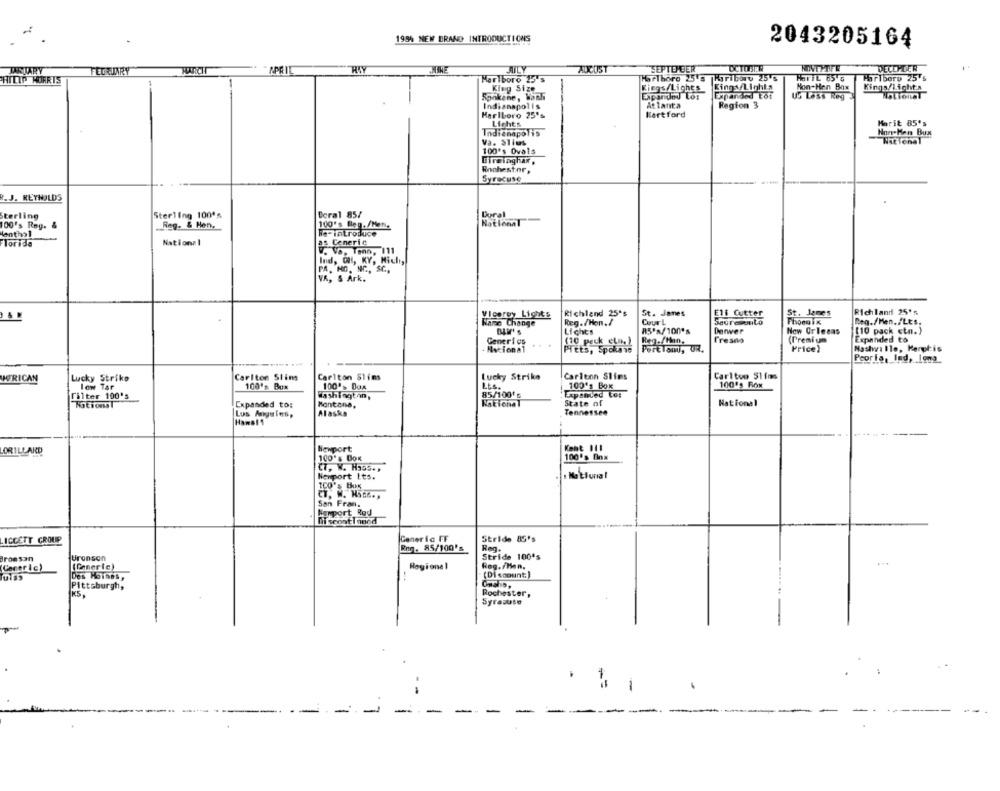
1994 NEW BRAND INTRODUCTIONS
2043205164
JANUARY
TEORIARY
APRIL
HAY
JULY
AUCUST
SEPTEHER
DCTOBIR
HONTPTFE
DECLMER
PHILIP MORRIS
Marlboro 15's
HarThoro 25's
Haribory 25's
HOTTE 85 G
Hirlbero 25's
King Size
Riegs/Lights
Kings/Lighta
Hon-Hen Box
Kings/Lichts
Expanded Los
Expanded tof
US Less Reg3
Sonkane, Wach
Atlanta
Region 3
Indianapolis
Marlboro 25's
Klart ford
Lichts
Marit 85's
Indianapolis
Non-Hen Bux
Va. Slius
100's Ovals
Rochester,
Syracuse
R. J. REYNOLDS
Sterling
Sterling 100's
Doral 85/
Dural
National
100's Reg. &
.Reg. & Hen.
100's Beg. /Man.
Menthol
he-introduce
Torida
National
as Cenerie
W. Va. Tono, 111
Ind, OH, KY, Micli,
PA, NO, NO ., SC ..
VR, & Ark.
Vicerey Lights
Richland 25's
St. James
Eli Cutter
St. James
Richland 25's
Name Change
Reg./Hon./
CourL
jauresauto
Phoenix
Reg./Men./Lts.
Lichts
85'a/100's
Derwer
New Orleans
(10 pack ctn.)
Generi cs
(10 peck cla, )
Reg./Han.
Fresno
(Premi un
Expanded to
Nacional
Pitts, Spokane
Portland, OR.
Price}
Nashville, Kerekis
Peorta, Ind, Ions
AFRICAN
Lucky Strike
Carlton Slims
Carlton Slims
Lucky Strike
Carlenn Slims
Carlton 51 fms
low Tar
100's Bux
100'> Box
LES.
100's Box
100's FOR
Filter 100's
Washington,
85/100's
Expanded For
Expanded to:
Montana,
Nakichal
State of
National
Tennessee
Los Angeles,
Alaska
Hawal 1
DRILLARD
Newport
Koht 111
100's Box
100's Dnx
CT, W. H355 .,
Nonport Its.
100's bus
CT. W. HS ... .
San Frans
Newport Rod
Miseont I aned
ICCETT GROUP
Generic FF
Stride 85's
Rmg . 85/100's
Stride 100's
Bronson
Bronson
CacerIc)
(Generic)
Regional
Reg. /Han.
Des Moines,
(Discount:)
Pittsburgh,
KS
Rochester,
Syracuse
-
-
-
-